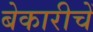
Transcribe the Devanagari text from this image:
बेकारीचें